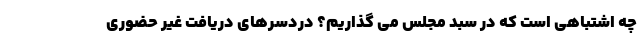
چه اشتباهی است که در سبد مجلس می گذاریم؟ دردسرهای دریافت غیر حضوری